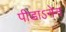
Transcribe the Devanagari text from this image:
पीडाऽनेन